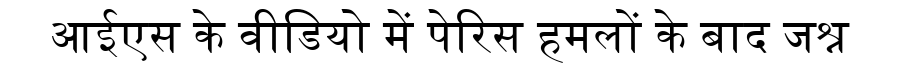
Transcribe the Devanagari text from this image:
आईएस के वीडियो में पेरिस हमलों के बाद जश्न